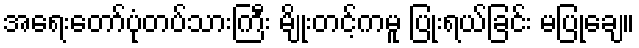
အရေးတော်ပုံတပ်သားကြီး မျိုးတင့်ကမူ ပြုံးရယ်ခြင်း မပြုချေ။